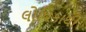
લોધિકાથી